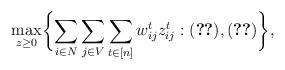
LaTeX: \begin{align*}\max_{z \geq 0} \biggl\{ \sum_{i \in N} \sum_{j \in V} \sum_{t \in [n]} w_{ij}^t z_{ij}^t : \eqref{eq:prob_bound}, \eqref{eq:ineq_Jsize_1} \biggr\} ,\end{align*}